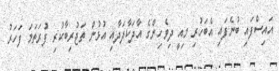
އައިސްފައި ބުނެފައި އެބަހުރި މިއީ ދިވެހިންގެ އާދަކާދަދާއި އުޅުން ތަޖުރިބާކުރި ފުރަތަމަ ފަހަރު